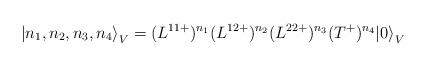
LaTeX: \begin{align*}{\left|n_1,n_2,n_3,n_4 \right \rangle}_V =(L^{11 +})^{n_1}(L^{12+})^{n_2}(L^{22+})^{n_3} (T^+)^{n_4}{|0 \rangle}_V\end{align*}